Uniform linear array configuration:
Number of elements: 8
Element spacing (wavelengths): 0.75
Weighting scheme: kaiser
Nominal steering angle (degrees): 0
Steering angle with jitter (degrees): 1.095
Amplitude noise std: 0.05
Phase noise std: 0.05

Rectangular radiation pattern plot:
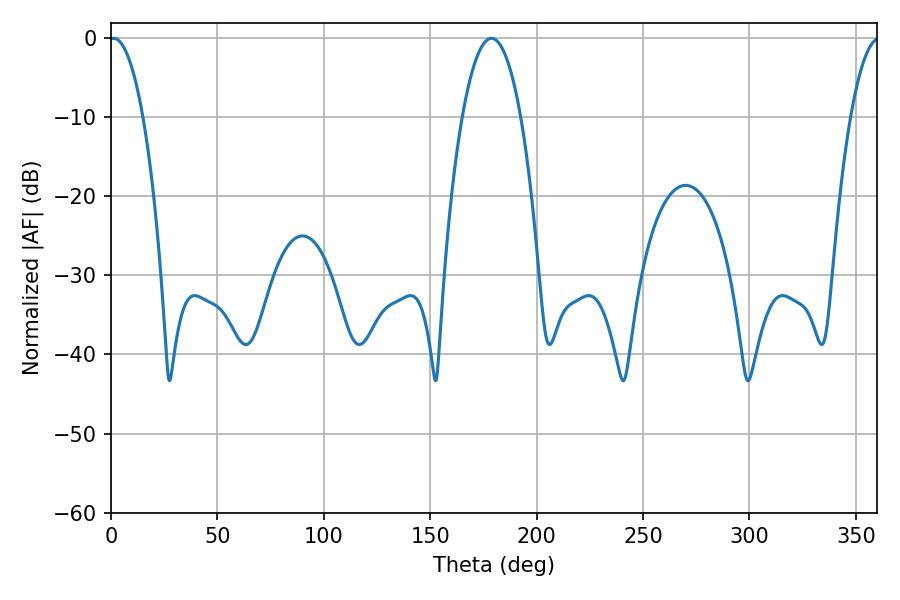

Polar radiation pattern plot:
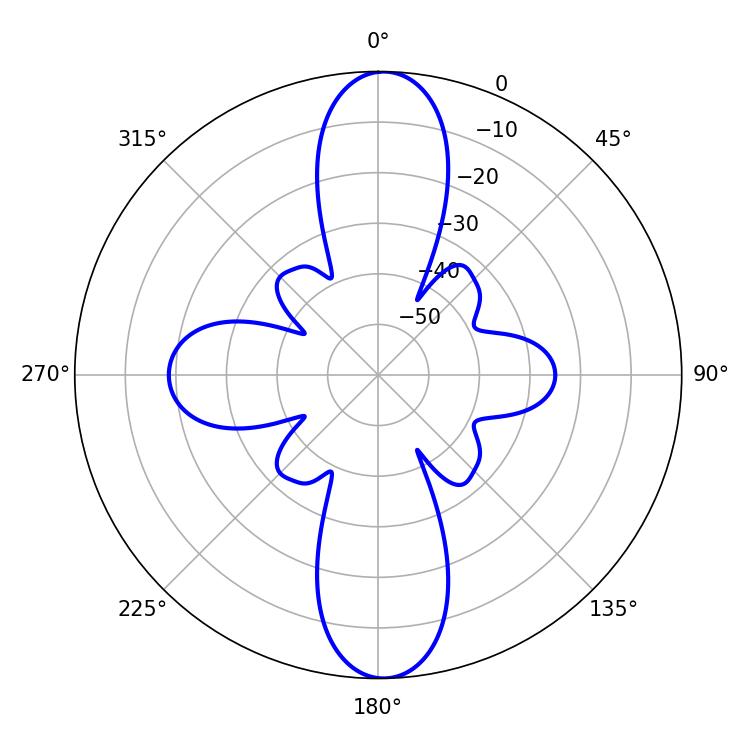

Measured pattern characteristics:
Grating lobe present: TRUE
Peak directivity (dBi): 24.104
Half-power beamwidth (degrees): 8.82
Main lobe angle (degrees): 1.26